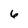
Character: 6